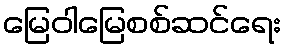
မြေဝါမြေစစ်ဆင်ရေး